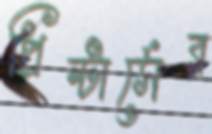
প্রিন্টার্সের